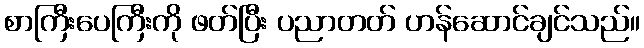
စာကြီးပေကြီးကို ဖတ်ပြီး ပညာတတ် ဟန်ဆောင်ချင်သည်။